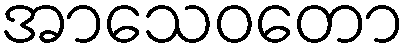
အာသေဝတော